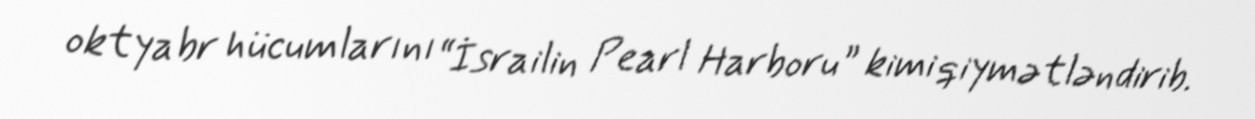
oktyabr hücumlarını “İsrailin Pearl Harboru” kimi qiymətləndirib.